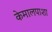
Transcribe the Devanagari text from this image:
केमालपाशा